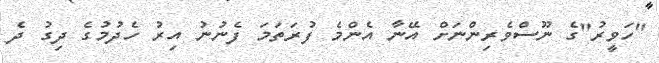
"ހަވީރު"ގެ ނޫސްވެރިންނަށް އޭނާ އެންމެ ފުރަތަމަ ފެނުނު އިރު ހެދުމުގެ ދިގު ދެ